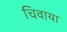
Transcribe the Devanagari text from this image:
चिवाया